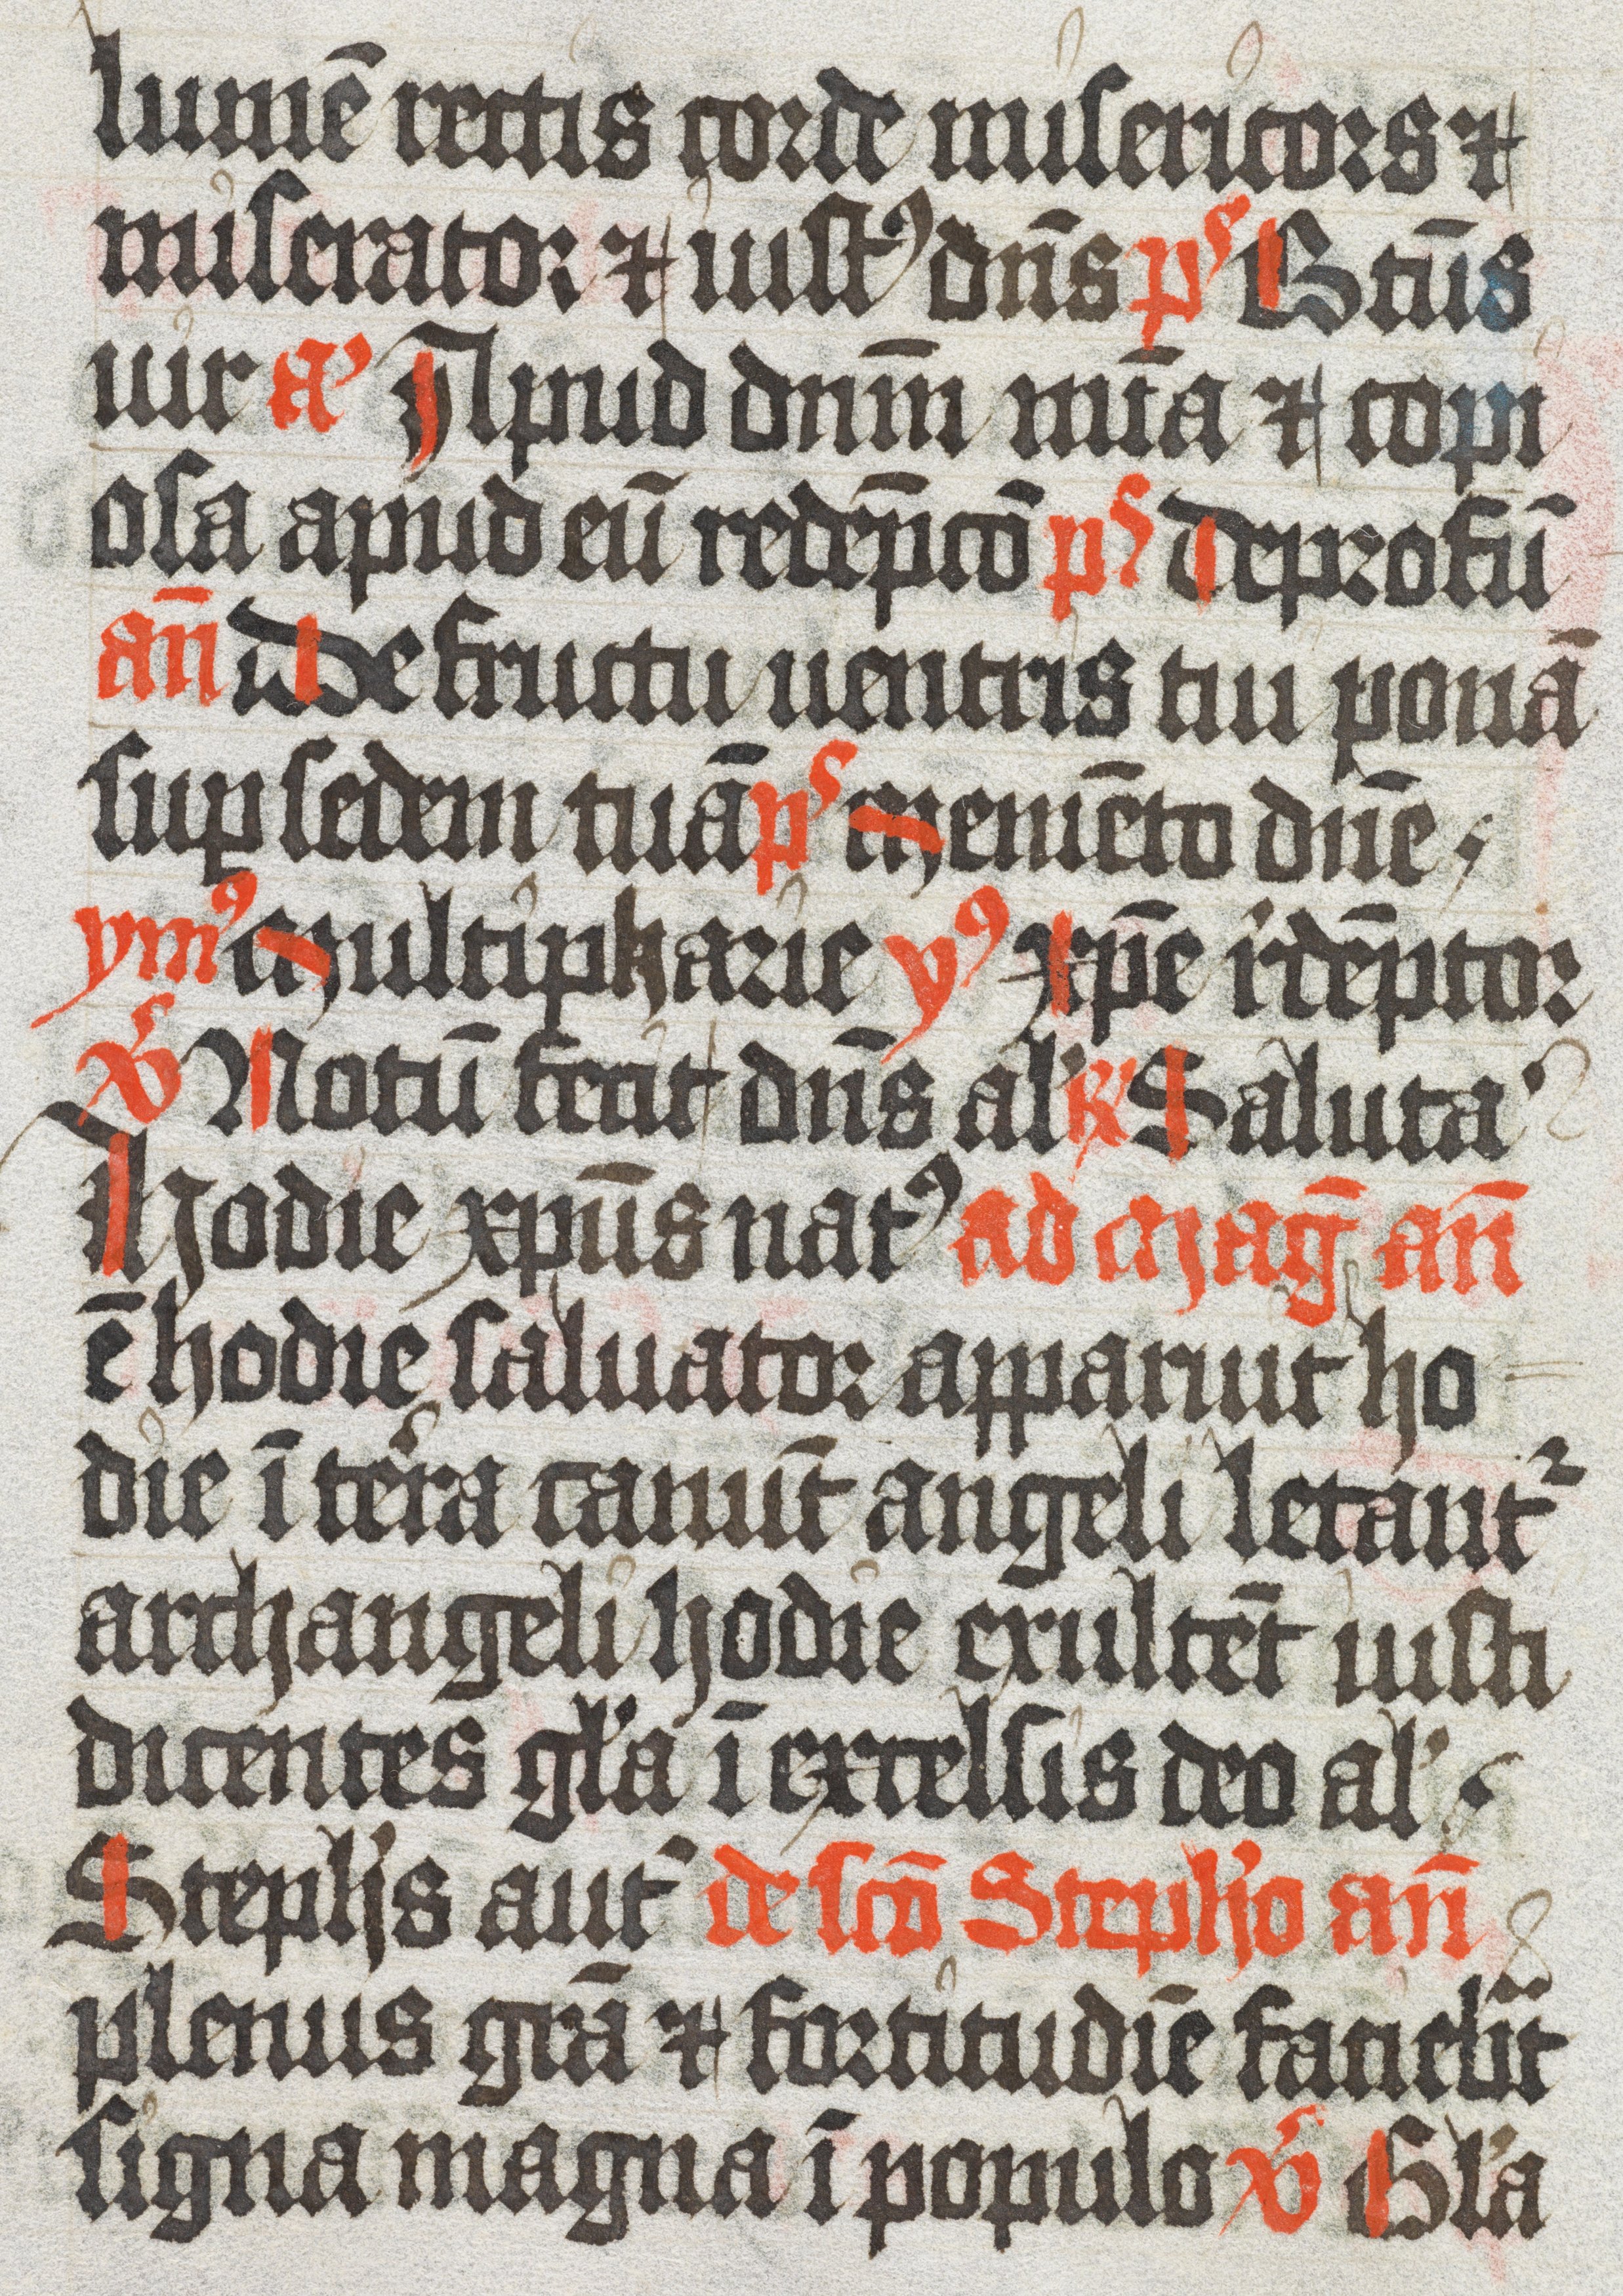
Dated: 1450–1530